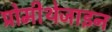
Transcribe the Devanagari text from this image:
प्रोमीथेजाइन